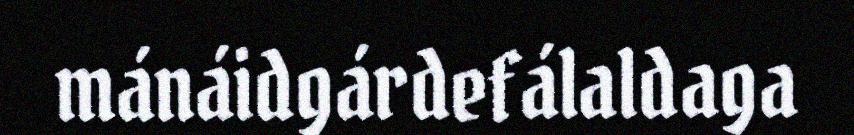
mánáidgárdefálaldaga